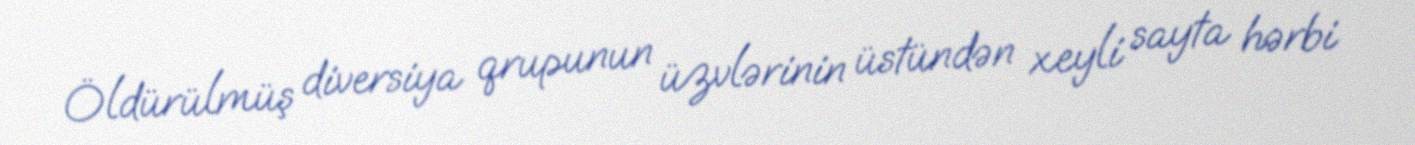
Öldürülmüş diversiya qrupunun üzvlərinin üstündən xeyli sayta hərbi